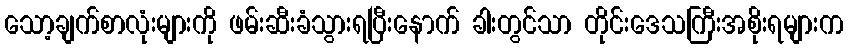
သော့ချက်စာလုံးများကို ဖမ်းဆီးခံသွားရပြီးနောက် ခါးတွင်သာ တိုင်းဒေသကြီးအစိုးရများက